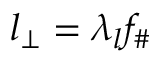
l _ { \bot } = \lambda _ { l } f _ { \# }